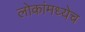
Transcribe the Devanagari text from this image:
लोकांमध्येच